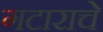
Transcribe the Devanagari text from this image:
गटाराचे